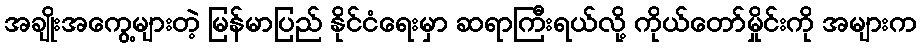
အချိုးအကွေ့များတဲ့ မြန်မာပြည် နိုင်ငံရေးမှာ ဆရာကြီးရယ်လို့ ကိုယ်တော်မှိုင်းကို အများက